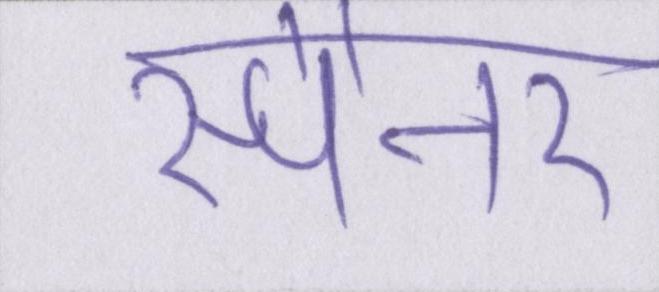
स्पैनर